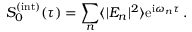
S _ { 0 } ^ { ( \mathrm { i n t } ) } ( \tau ) = \sum _ { n } \langle | E _ { n } | ^ { 2 } \rangle \mathrm { e } ^ { \mathrm { i } \omega _ { n } \tau } \, .